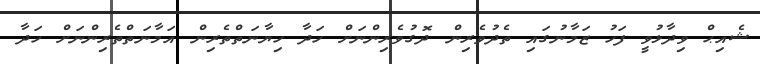
ޝެއިޙް ވިދާޅުވީ ފަހު ޒަމާނުގައި ތެދުވެރިން ދޮގުވެރިންނަށް ހަދާ ހިޔާނަތްތެރިން އަމާނަތްތެރިންނަށް ހަދާ